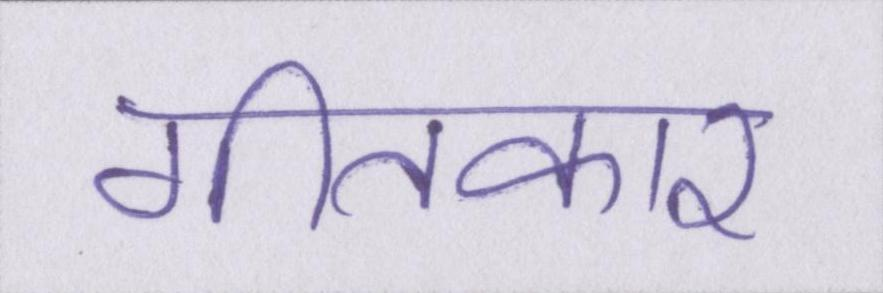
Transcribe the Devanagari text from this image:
गीतकार